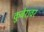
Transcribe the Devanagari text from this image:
कुबेरावर